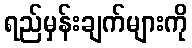
ရည်မှန်းချက်များကို